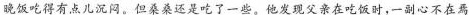
晚饭吃得有点儿沉闷。但桑桑还是吃了一些。他发现父亲在吃饭时，一副心不在焉